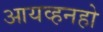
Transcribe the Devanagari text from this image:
आयव्हनहो